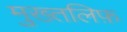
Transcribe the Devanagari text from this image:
मुख्तलिफ़